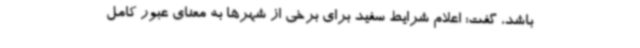
باشد، گفت: اعلام شرایط سفید برای برخی از شهرها به معنای عبور کامل